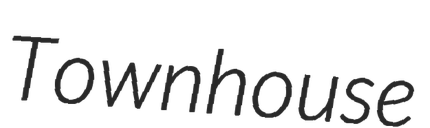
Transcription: Townhouse